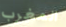
المغرب